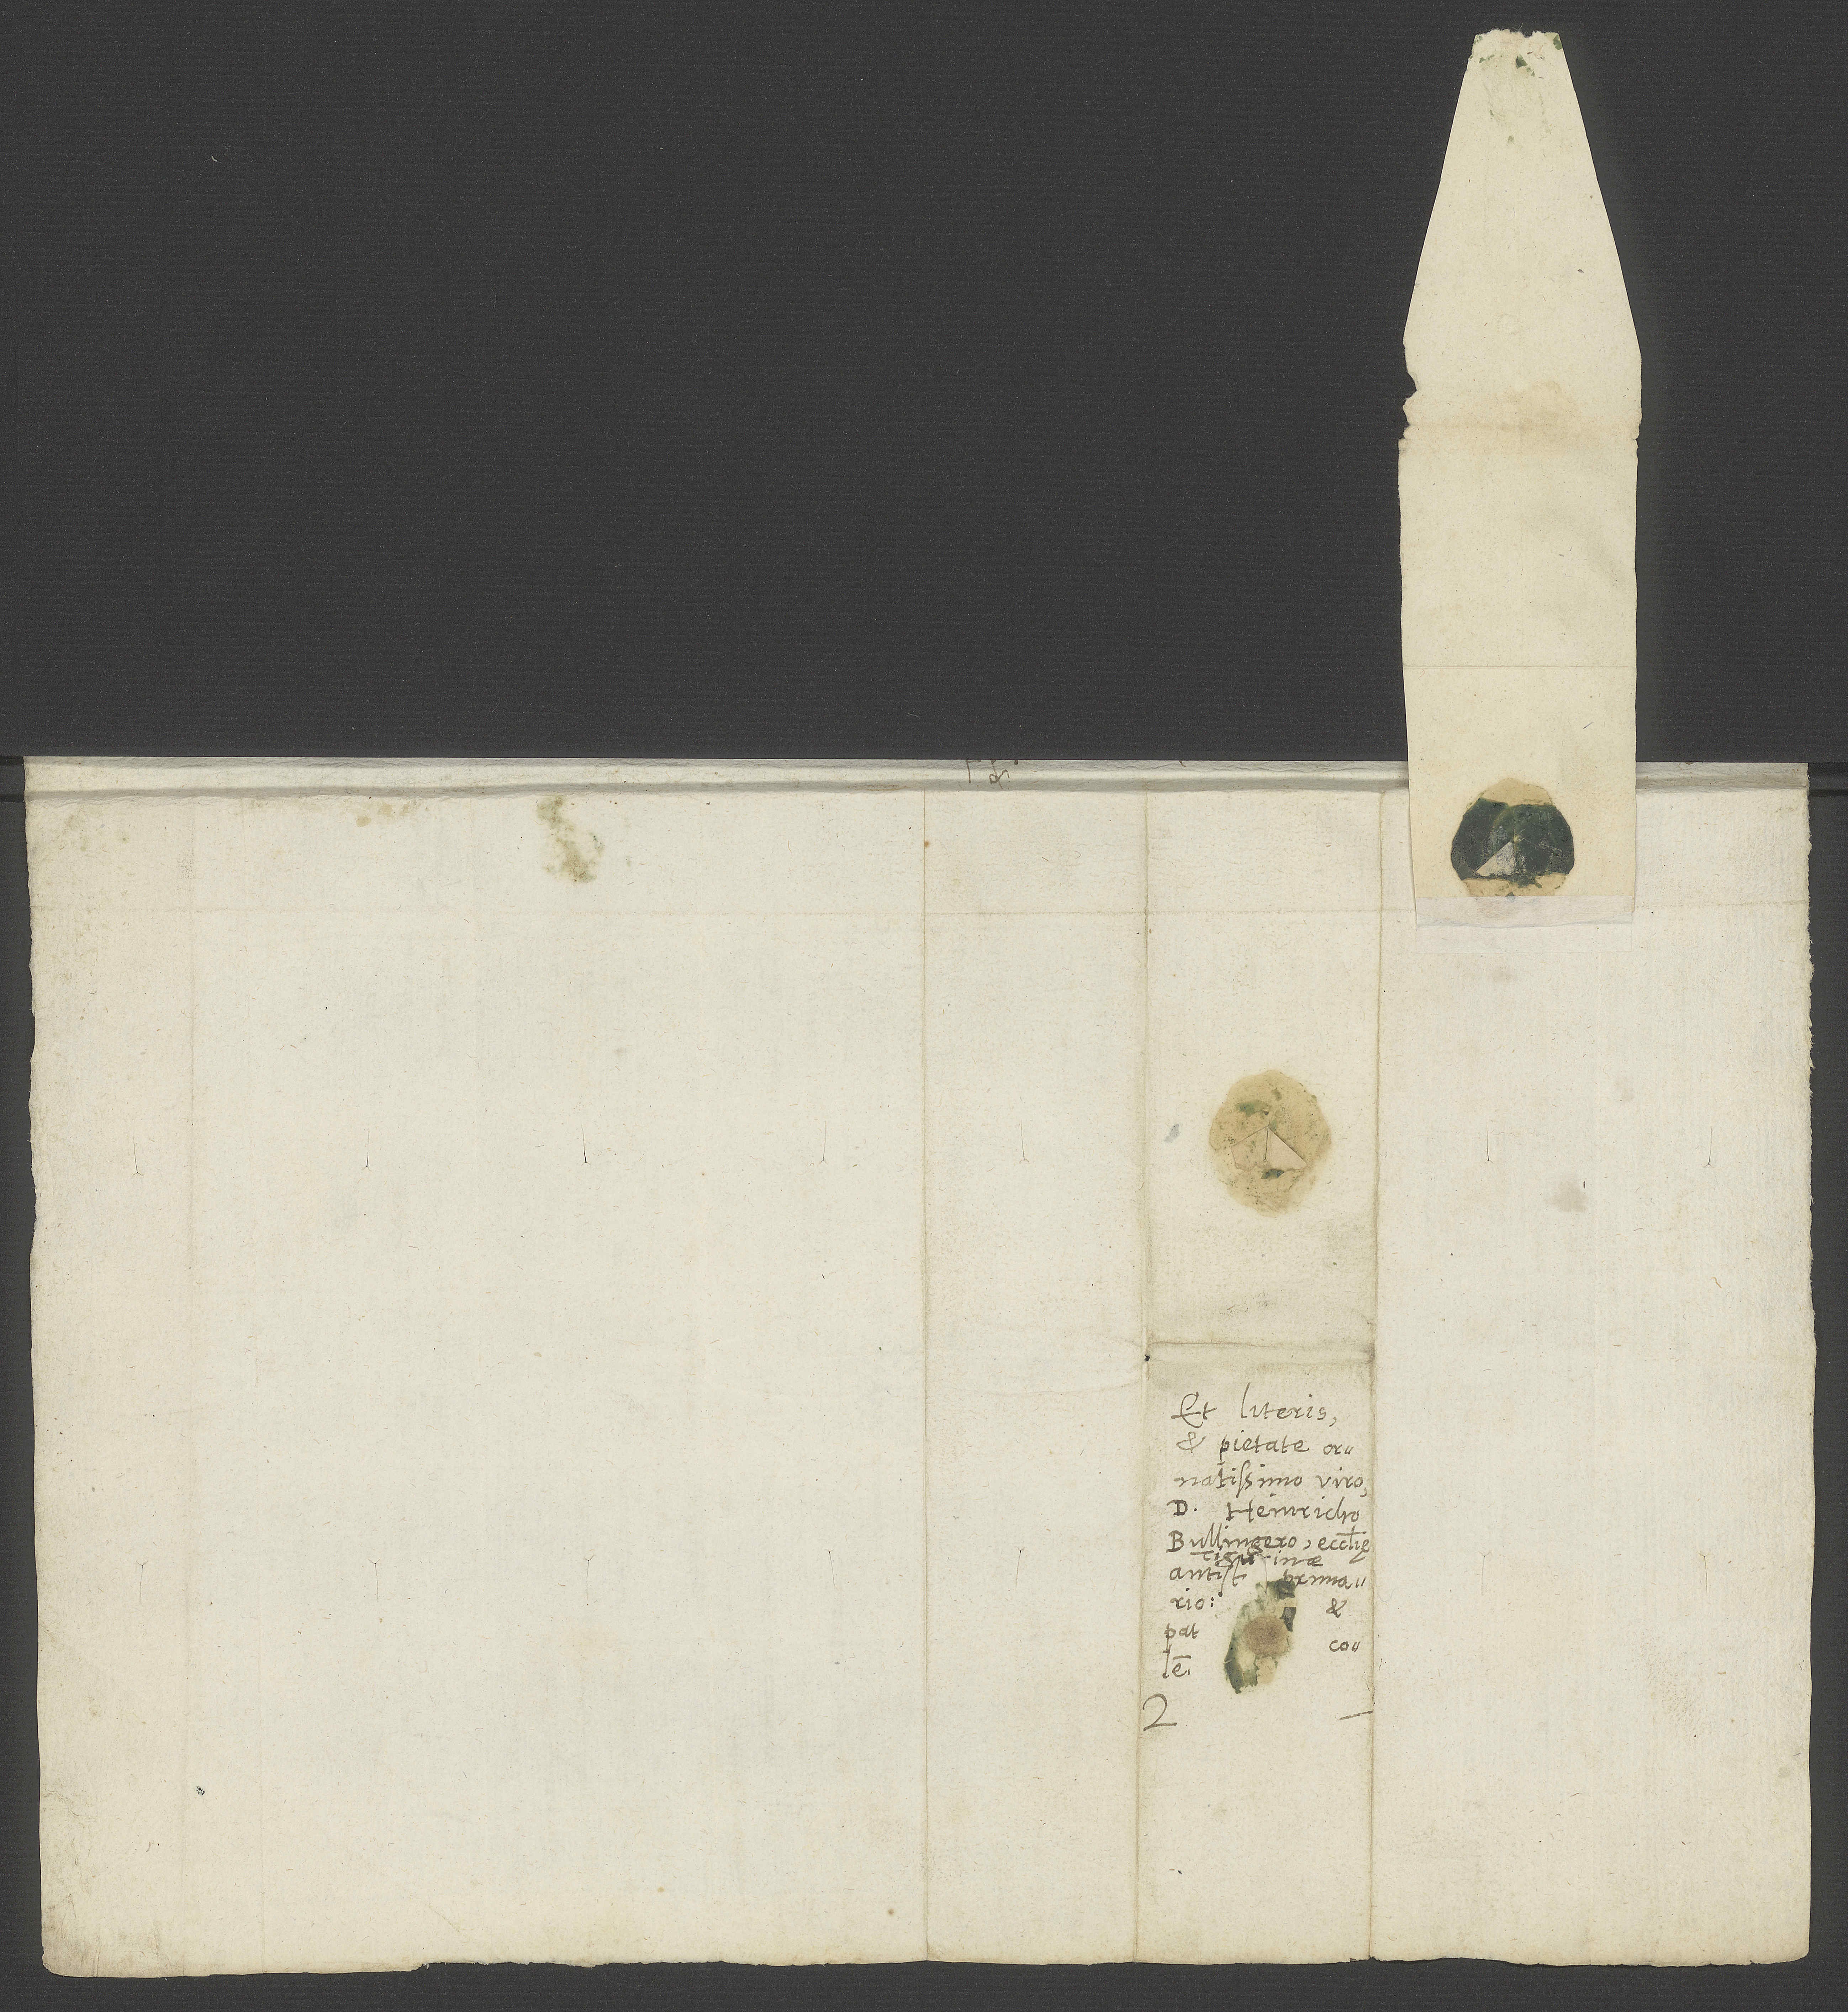
Et literis
et pietate
ornatissimo viro
d. Heinricho
Bullingero, ecclesię
Tigurinae
antistiti primario,